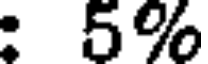
: 5%